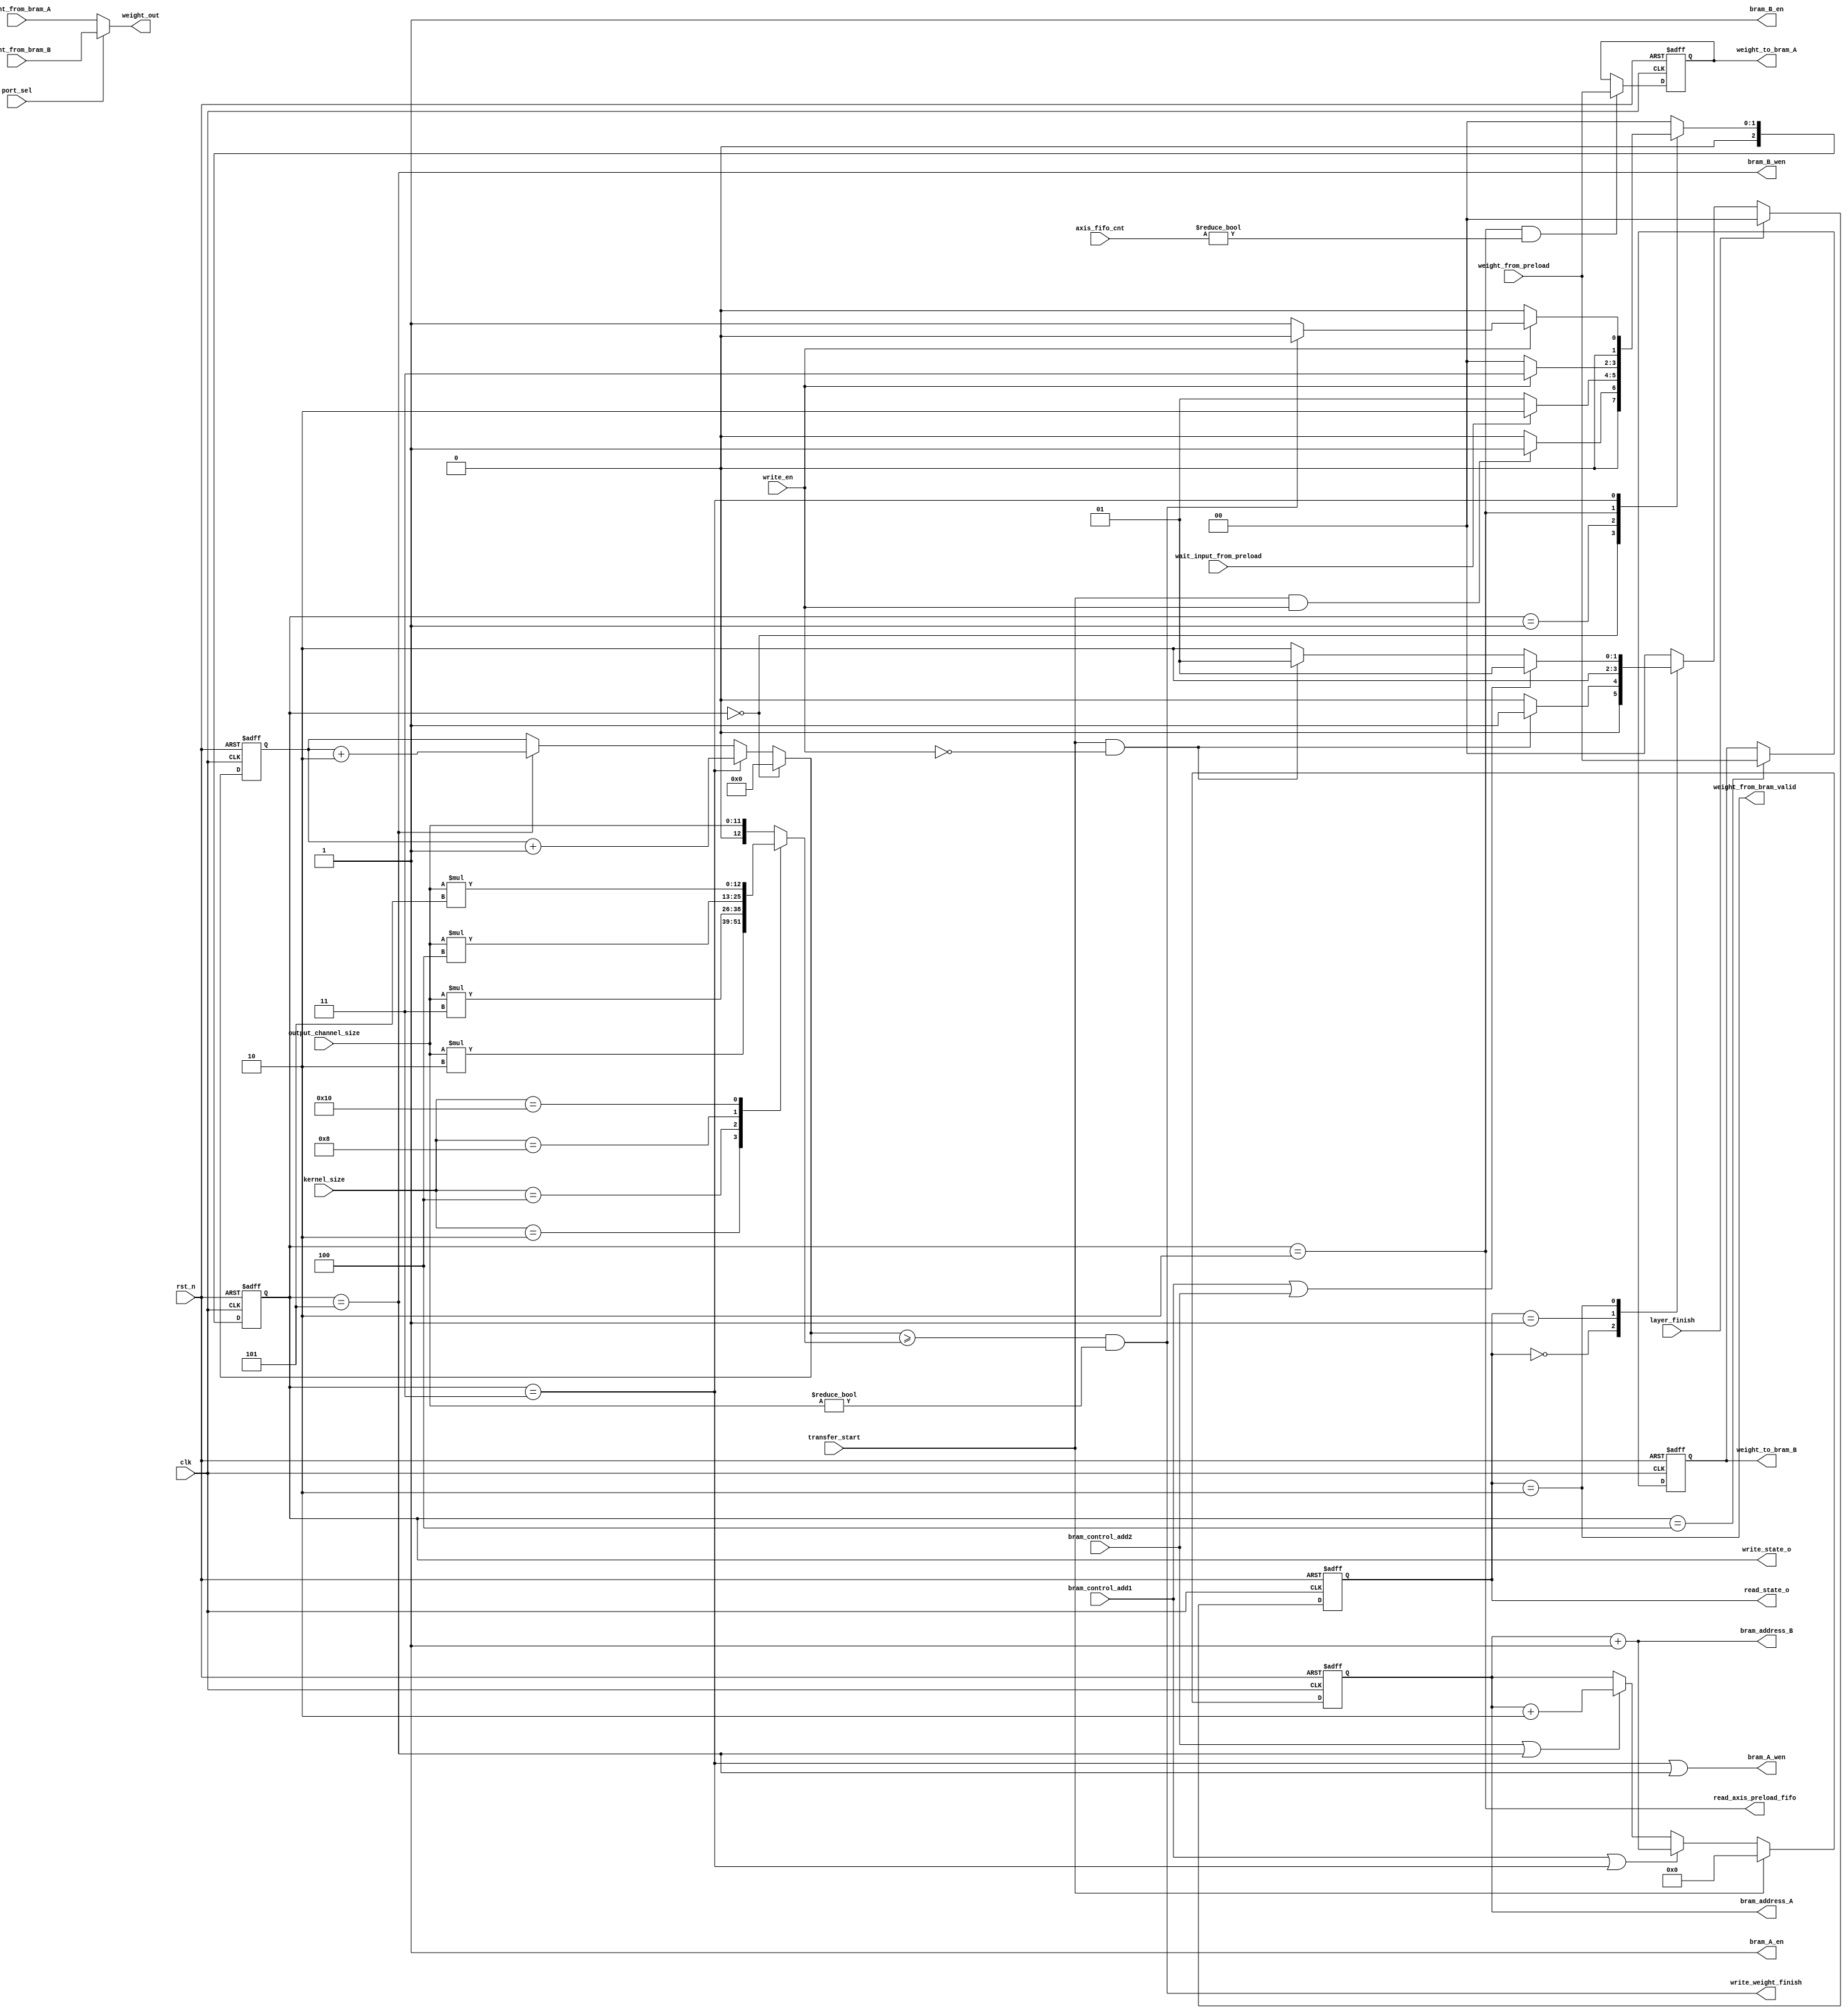
/*
	module  weight_bram_control

	input   weight_from_axis_preloadControl Signal

	output  weight_from_BRAM
	
	BRAM_Controler AXIS_preloaddataBRAMcontrol signalFSM2cycle
    
*/
`timescale  10ns / 10ns

module weight_bram_control #(
    parameter integer MAC_NUM = 256,
    parameter integer BRAM_ADDRESS_WIDTH = 12,
    parameter AXIS_PRELOAD_FIFO_DEPTH  = 4,
    parameter bit_num  = 2
    // parameter bit_num  = clogb2(AXIS_PRELOAD_FIFO_DEPTH-1)
)
(
    //golbal
    input wire clk,
    input wire rst_n,

    //data
    input wire [5*MAC_NUM-1:0] weight_from_preload,

    input wire [5*MAC_NUM-1:0] weight_from_bram_A,
    input wire [5*MAC_NUM-1:0] weight_from_bram_B,

    output wire [5*MAC_NUM-1:0] weight_out,

    output reg [5*MAC_NUM-1:0] weight_to_bram_A,
    output reg [5*MAC_NUM-1:0] weight_to_bram_B,
    
    output reg [BRAM_ADDRESS_WIDTH-1:0] bram_address_A,
    output wire [BRAM_ADDRESS_WIDTH-1:0] bram_address_B,

    output wire bram_A_en,
    output wire bram_B_en,

    output wire bram_A_wen,
    output wire bram_B_wen,
    
    //FSM output
    output wire [1:0] read_state_o,
    output wire [2:0] write_state_o,

    //control in
    input wire [4:0] kernel_size,
    input wire [11:0] output_channel_size,
    input wire write_en,//
    input wire [bit_num:0] axis_fifo_cnt,
    input wire transfer_start,
    input wire bram_control_add1,
    input wire bram_control_add2,
    input wire port_sel,

    input wire wait_input_from_preload,

    input wire layer_finish,
    //control out
    output wire weight_from_bram_valid,
    output wire read_axis_preload_fifo,
    output wire write_weight_finish

);
    function integer clogb2 (input integer bit_depth);
	  begin
	    for(clogb2=0; bit_depth>0; clogb2=clogb2+1)
	      bit_depth = bit_depth >> 1;
	  end
	endfunction

    localparam RIDLE=2'd0,RS0=2'd1,RS1=2'd2,RVALID=2'd3;
    localparam WIDLE=3'd0,WWAITWEIGHT=3'd1,WS0=3'd2,WVALID1=3'd3,WS1=3'd4,WVALID2=3'd5;
    
    reg [1:0] read_state;
    reg [2:0] write_state;

    reg [12:0] write_bram_num;
    reg [12:0] write_bram_cnt;
    reg [12:0] next_write_bram_cnt;

    assign read_state_o  = read_state;
    assign write_state_o = write_state;

    assign write_weight_finish=((next_write_bram_cnt>=write_bram_num) && (output_channel_size != 12'd0));

    assign read_axis_preload_fifo=(write_state == WS0);

    assign bram_A_en=1;
    assign bram_B_en=1;

    assign bram_A_wen=(write_state==WVALID1 || write_state==WVALID2);
    assign bram_B_wen=(write_state==WVALID2);

    assign weight_from_bram_valid=(read_state==RS1);
    assign weight_out=(port_sel) ? weight_from_bram_B:weight_from_bram_A;

    assign bram_address_B = bram_address_A+1;
    always @(posedge clk or negedge rst_n) begin
        if(!rst_n) begin
            bram_address_A<=0;
        end
        else begin
            if(transfer_start) begin
                bram_address_A<=0;
            end
            else if(bram_control_add1 || write_state==WVALID1) begin
                bram_address_A<=bram_address_A+1;
            end
            else if(bram_control_add2 || write_state==WVALID2) begin
                bram_address_A<=bram_address_A+2;
            end
        end
    end
    
    //read FSM
    wire read_FSM_start;
    assign read_FSM_start=(transfer_start && (~write_en));
    always @(posedge clk or negedge rst_n) begin
        if(!rst_n) begin
            read_state<=RIDLE;
        end
        else if(layer_finish) begin
            read_state<=RIDLE;
        end
        else begin
            case (read_state)
                RIDLE:    read_state<=read_FSM_start ? RS0:RIDLE;
                RS0:      read_state<=RS1;
                RS1:      read_state<=(bram_control_add1 || bram_control_add2) ? RS0:
                                      (read_FSM_start) ? RS0:RS1;
                default:  read_state<=RIDLE;         
            endcase
        end
    end

    //write FSM
    wire write_FSM_start;
    assign write_FSM_start=(transfer_start && (write_en));
    always @(posedge clk or negedge rst_n) begin
        if(!rst_n) begin
            write_state<=WIDLE;
        end
        else begin
            case (write_state)
                WIDLE       : write_state <= write_FSM_start ? WWAITWEIGHT :WIDLE;
                WWAITWEIGHT : write_state <= (wait_input_from_preload) ? WS0:WWAITWEIGHT;
                WS0         : write_state <= (!write_en) ? WIDLE:WVALID1;                                   
                WVALID1     : write_state <= (!write_en) ? WIDLE:(write_weight_finish ? WIDLE:WWAITWEIGHT);
                default     : write_state <= WIDLE;         
            endcase
        end
    end

    always @(posedge clk or negedge rst_n) begin
        if(!rst_n) begin
            weight_to_bram_A<=0;
        end
        else begin
            weight_to_bram_A<=(write_state==WS0 && axis_fifo_cnt!=0) ? weight_from_preload:weight_to_bram_A;
        end
    end

    always @(posedge clk or negedge rst_n) begin
        if(!rst_n) begin
            weight_to_bram_B<=0;
        end
        else begin
            weight_to_bram_B<=(write_state==WS1) ? weight_from_preload:weight_to_bram_B;
        end
    end


    //write_bram_cnt
    always @(*) begin
        case(kernel_size)
            5'b00001:write_bram_num=output_channel_size;
            5'b00010:write_bram_num=output_channel_size*2;
            5'b00100:write_bram_num=output_channel_size*3;
            5'b01000:write_bram_num=output_channel_size*4;
            5'b10000:write_bram_num=output_channel_size*5;
            default :write_bram_num=output_channel_size;
        endcase
    end

    always @(*) begin
        next_write_bram_cnt=(write_state==WIDLE)   ? 0:
                            (write_state==WVALID1) ? write_bram_cnt+1:
                            (write_state==WVALID2) ? write_bram_cnt+2:write_bram_cnt;
    end

    always @(posedge clk or negedge rst_n) begin
        if(!rst_n) begin
            write_bram_cnt<=0;
        end
        else begin
            write_bram_cnt<=next_write_bram_cnt;
        end
    end

endmodule